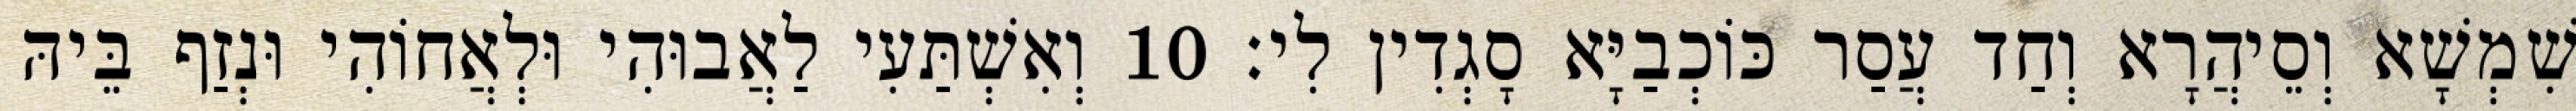
שִׁמְשָׁא וְסֵיהֲרָא וְחַד עֲסַר כּוֹכְבַיָּא סָגְדִין לִי׃ 10 וְאִשְׁתַּעִי לַאֲבוּהִי וּלְאֲחוֹהִי וּנְזַף בֵּיהּ